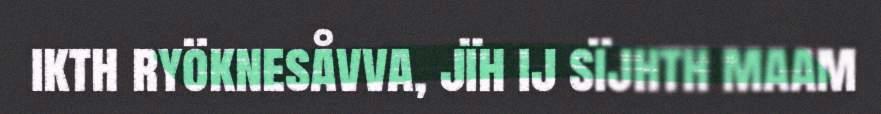
ikth ryöknesåvva, jïh ij sïjhth maam